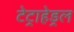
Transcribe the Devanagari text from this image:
टेट्राहेड्रल